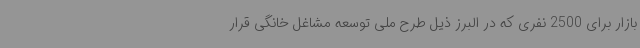
بازار برای 2500 نفری که در البرز ذیل طرح ملی توسعه مشاغل خانگی قرار